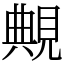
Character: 覥